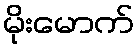
မိုးမောက်